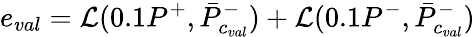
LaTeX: e_{val}=\mathcal{L}(0.1P^{+},\bar{P}_{c_{val}}^{-})+\mathcal{L}(0.1P^{-},\bar{P}_{c_{val}}^{-})